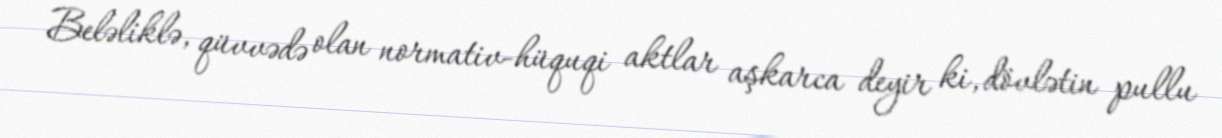
Beləliklə, qüvvədə olan normativ-hüquqi aktlar aşkarca deyir ki, dövlətin pullu